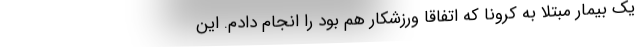
یک بیمار مبتلا به کرونا که اتفاقا ورزشکار هم بود را انجام دادم. این